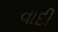
વાદી